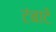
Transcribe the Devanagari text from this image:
टंबाटे